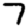
Digit: 7